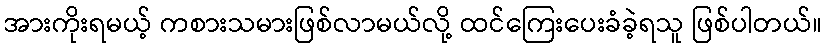
အားကိုးရမယ့် ကစားသမားဖြစ်လာမယ်လို့ ထင်ကြေးပေးခံခဲ့ရသူ ဖြစ်ပါတယ်။